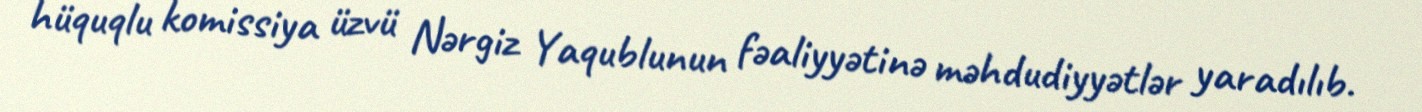
hüquqlu komissiya üzvü Nərgiz Yaqublunun fəaliyyətinə məhdudiyyətlər yaradılıb.